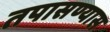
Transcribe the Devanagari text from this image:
तपासण्यास